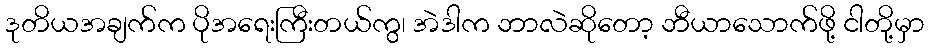
ဒုတိယအချက်က ပိုအရေးကြီးတယ်ကွ၊ အဲဒါက ဘာလဲဆိုတော့ ဘီယာသောက်ဖို့ ငါတို့မှာ